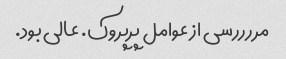
مررررسی از عوامل پرپروک. عالی بود.